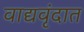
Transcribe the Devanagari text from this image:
वाद्यवृंदात